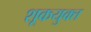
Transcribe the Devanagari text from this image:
शूकयुक्त